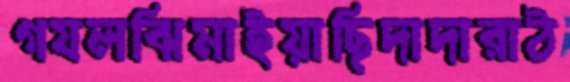
গযলঝিমাইয়াছিদাদারাঠ